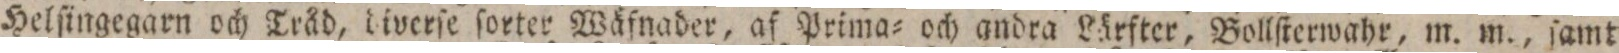
Helſingegarn och Tråd, diverſe ſorter Wäfnader, af Prima= och andra Lärfter, Bollſterwahr, m. m., ſamt